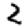
Digit: 2